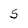
Character: 5